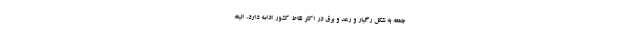
جمعه به شکل رگبار و رعد و برق در اکثر نقاط کشور ادامه دارد، البته